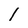
Character: l